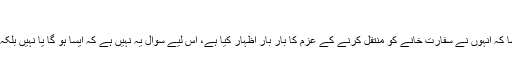
‘‘
شین اسپائسر کا مزید کہنا تھا، ’’لیکن جیسا کہ انہوں نے سفارت خانے کو منتقل کرنے کے عزم کا بار بار اظہار کیا ہے، اس لیے سوال یہ نہیں ہے کہ ایسا ہو گا یا نہیں بلکہ صرف یہ سوال ہے کہ ایسا کب ہوتا ہے۔